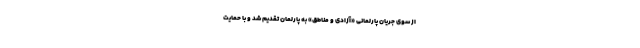
از سوی جریان پارلمانی «آزادی و مناطق» به پارلمان تقدیم شد و با حمایت